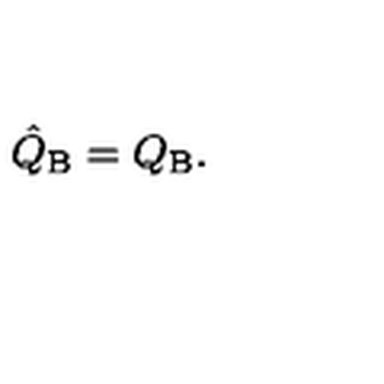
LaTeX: \hat { Q } _ { \mathrm { B } } = Q _ { \mathrm { B } } .